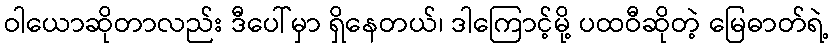
ဝါယောဆိုတာလည်း ဒီပေါ်မှာ ရှိနေတယ်၊ ဒါကြောင့်မို့ ပထဝီဆိုတဲ့ မြေဓာတ်ရဲ့